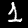
Label: 1